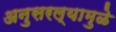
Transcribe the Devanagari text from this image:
अनुसरल्यामुळे